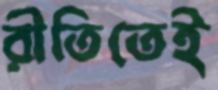
রীতিতেই